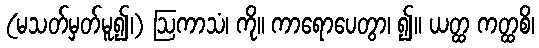
(မသတ်မှတ်မူ၍၊) ဩကာသံ၊ ကို။ ကာရောပေတွာ၊ ၍။ ယတ္ထ ကတ္ထစိ၊